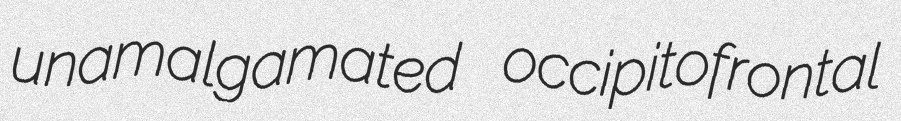
unamalgamated occipitofrontal